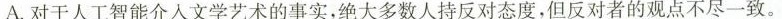
A.对于人工智能介人文学艺术的事实。绝大多数人持反对态度，但反对者的观点不尽一致。